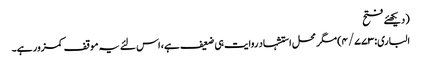
(دیکھئے فتح
الباری:۴/۷۷۳) مگر محل استشہاد روایت ہی ضعیف ہے، اس لئے یہ موقف کمزور ہے۔